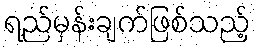
ရည်မှန်းချက်ဖြစ်သည့်